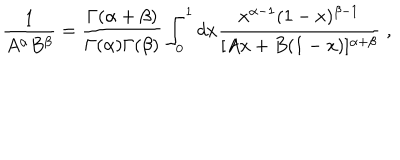
\frac { 1 } { A ^ { \alpha } B ^ { \beta } } = \frac { \Gamma ( \alpha + \beta ) } { \Gamma ( \alpha ) \Gamma ( \beta ) } \int _ { 0 } ^ { 1 } d x \frac { x ^ { \alpha - 1 } ( 1 - x ) ^ { \beta - 1 } } { [ A x + B ( 1 - x ) ] ^ { \alpha + \beta } } \; ,